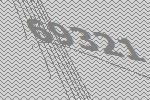
69321